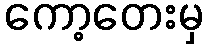
ကော့တေးမှ